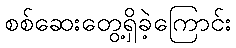
စစ်ဆေးတွေ့ရှိခဲ့ကြောင်း